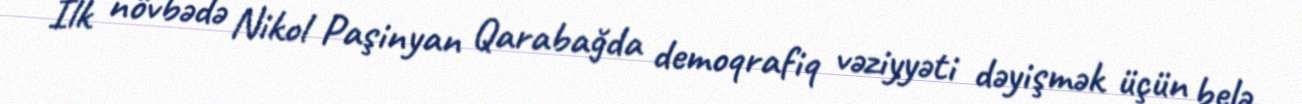
İlk növbədə Nikol Paşinyan Qarabağda demoqrafiq vəziyyəti dəyişmək üçün belə